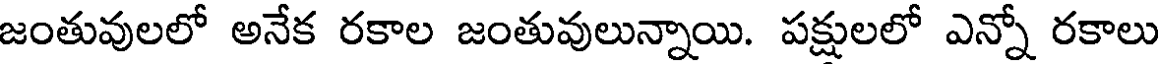
జంతువులలో అనేక రకాల జంతువులున్నాయి. పక్షులలో ఎన్నో రకాలు